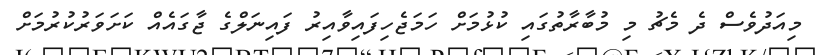
މިއަދުވެސް ދެ މެޗު މި މުބާރާތުގައި ކުޅުމަށް ހަމަޖެހިފައިވާއިރު ފައިނަލްގެ ޖާގައެއް ކަށަވަރުކުރުމަށް